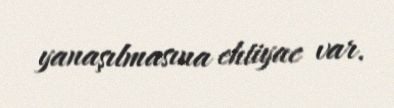
yanaşılmasına ehtiyac var.